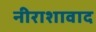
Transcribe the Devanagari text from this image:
नीराशावाद